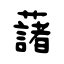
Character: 藷